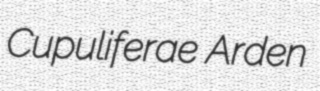
Cupuliferae Arden